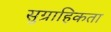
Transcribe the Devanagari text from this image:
सुग्राहिकता